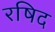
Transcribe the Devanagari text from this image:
रषिद